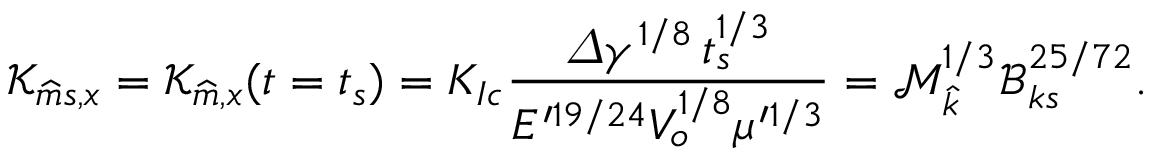
\mathcal { K } _ { \widehat { m } s , x } = \mathcal { K } _ { \widehat { m } , x } ( t = t _ { s } ) = K _ { I c } \frac { \varDelta \gamma ^ { 1 / 8 } \, t _ { s } ^ { 1 / 3 } } { E ^ { \prime 1 9 / 2 4 } V _ { o } ^ { 1 / 8 } \mu ^ { \prime 1 / 3 } } = \mathcal { M } _ { \widehat { k } } ^ { 1 / 3 } \mathcal { B } _ { k s } ^ { 2 5 / 7 2 } .